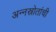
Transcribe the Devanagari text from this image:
अन्नस्रोतांची